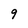
Character: 9